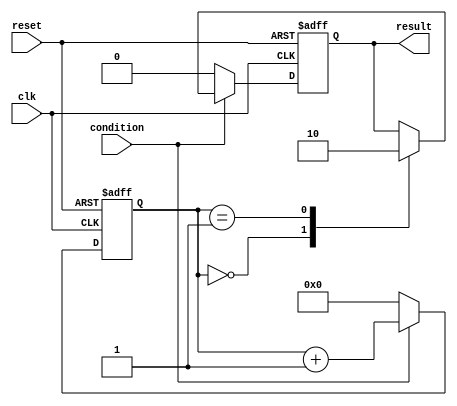
module loop_with_conditional_statements (
    input wire clk,
    input wire reset,
    input wire condition,
    output reg result
);

reg [3:0] count;

always @(posedge clk or posedge reset) begin
    if (reset) begin
        count <= 0;
        result <= 0;
    end else begin
        if (condition) begin
            case (count)
                4'd0: begin
                    // Execute statement 1
                    result <= 1;
                end
                4'd1: begin
                    // Execute statement 2
                    result <= 2;
                end
                // Add more cases for additional statements
                // Terminate loop when necessary
            endcase

            count <= count + 1;
        end else begin
            count <= 0;
            result <= 0;
        end
    end
end

endmodule